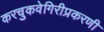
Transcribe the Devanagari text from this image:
करचुकवेगिरीप्रकरणी